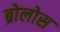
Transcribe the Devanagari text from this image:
ब्रोलोस